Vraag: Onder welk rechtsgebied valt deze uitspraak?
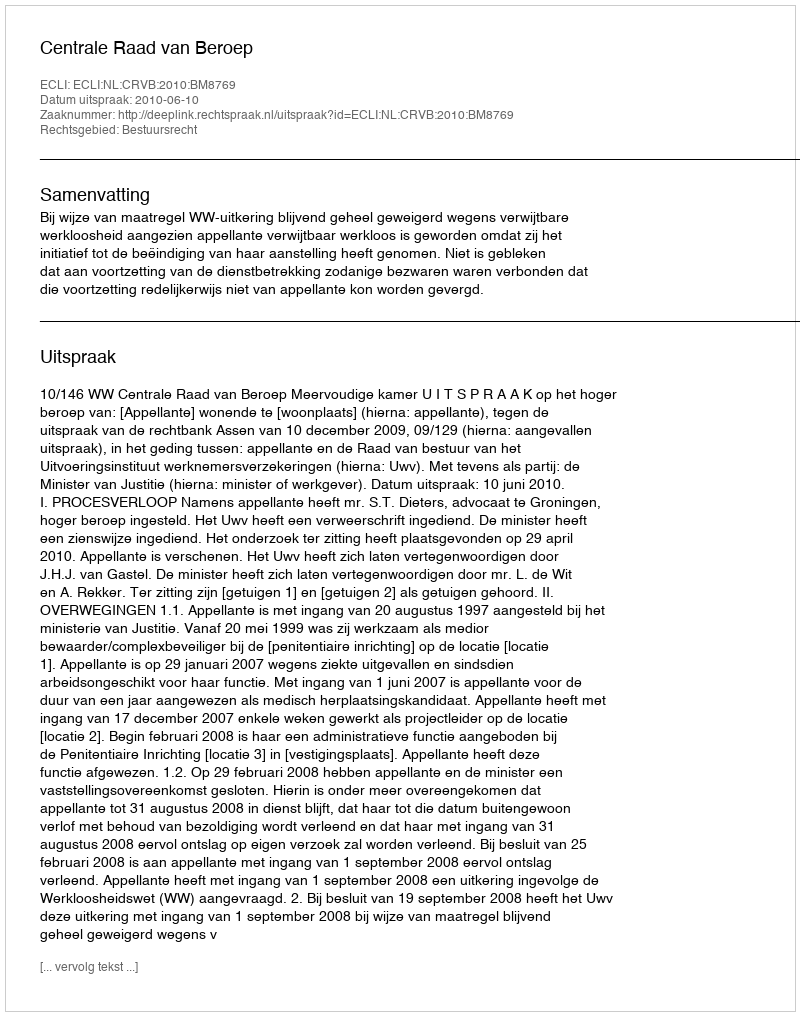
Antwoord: Bestuursrecht